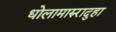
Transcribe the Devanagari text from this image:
धोलामारुरादुहा